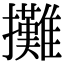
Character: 攤